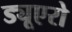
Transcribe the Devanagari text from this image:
ड्यूएरो